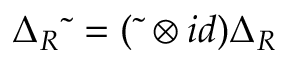
\Delta _ { R } \widetilde { \ } = ( \widetilde { \ } \otimes i d ) \Delta _ { R }